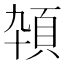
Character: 𱂕